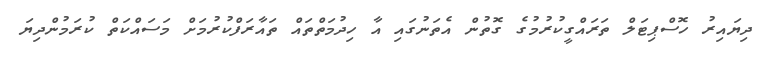
ދިޔައިރު ހޮސްޕިޓަލް ތަރައްގީކުރުމުގެ ގޮތުން އެތަނުގައި އާ ހިދުމަތްތައް ތައާރަފްކުރުމަށް މަސައްކަތް ކުރަމުންދިޔަ